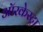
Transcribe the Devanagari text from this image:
ऑरकेस्ट्रा